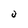
Character: 0